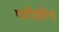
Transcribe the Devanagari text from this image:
पापैवरिन